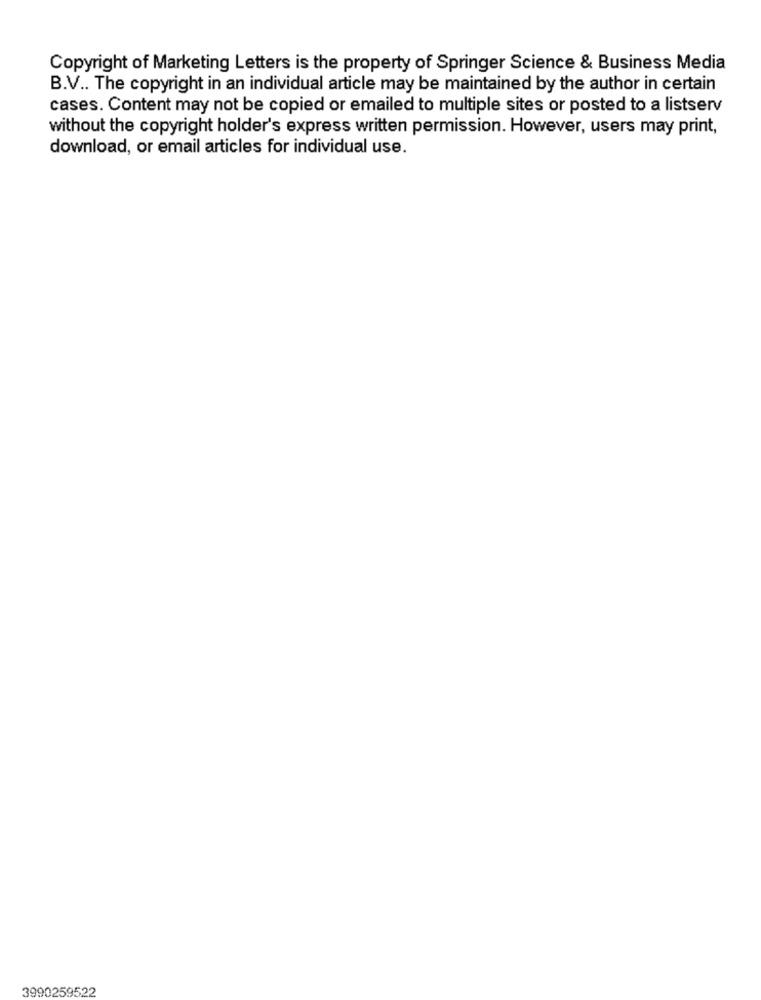
Copyright of Marketing Letters is the property of Springer Science & Business Media
B.V .. The copyright in an individual article may be maintained by the author in certain
cases. Content may not be copied or emailed to multiple sites or posted to a listserv
without the copyright holder's express written permission. However, users may print,
download, or email articles for individual use.
3990259522